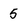
Character: 5